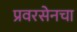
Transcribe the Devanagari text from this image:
प्रवरसेनचा